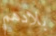
بلادهم